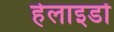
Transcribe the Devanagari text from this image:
हेलाइडों